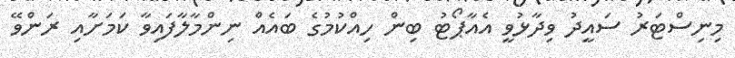
މިނިސްޓަރު ސައީދު ވިދާޅުވީ އެއާޕޯޓު ބިން ހިއްކުމުގެ ބައެއް ނިންމާލާފައިވާ ކަމަށާއި ރަންވޭ